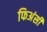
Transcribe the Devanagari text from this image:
फिअंसी